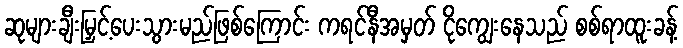
ဆုများချီးမြှင့်ပေးသွားမည်ဖြစ်ကြောင်း ကရင်နီအမှတ် ငိုကျွေးနေသည် စစ်ရာထူးခန့်